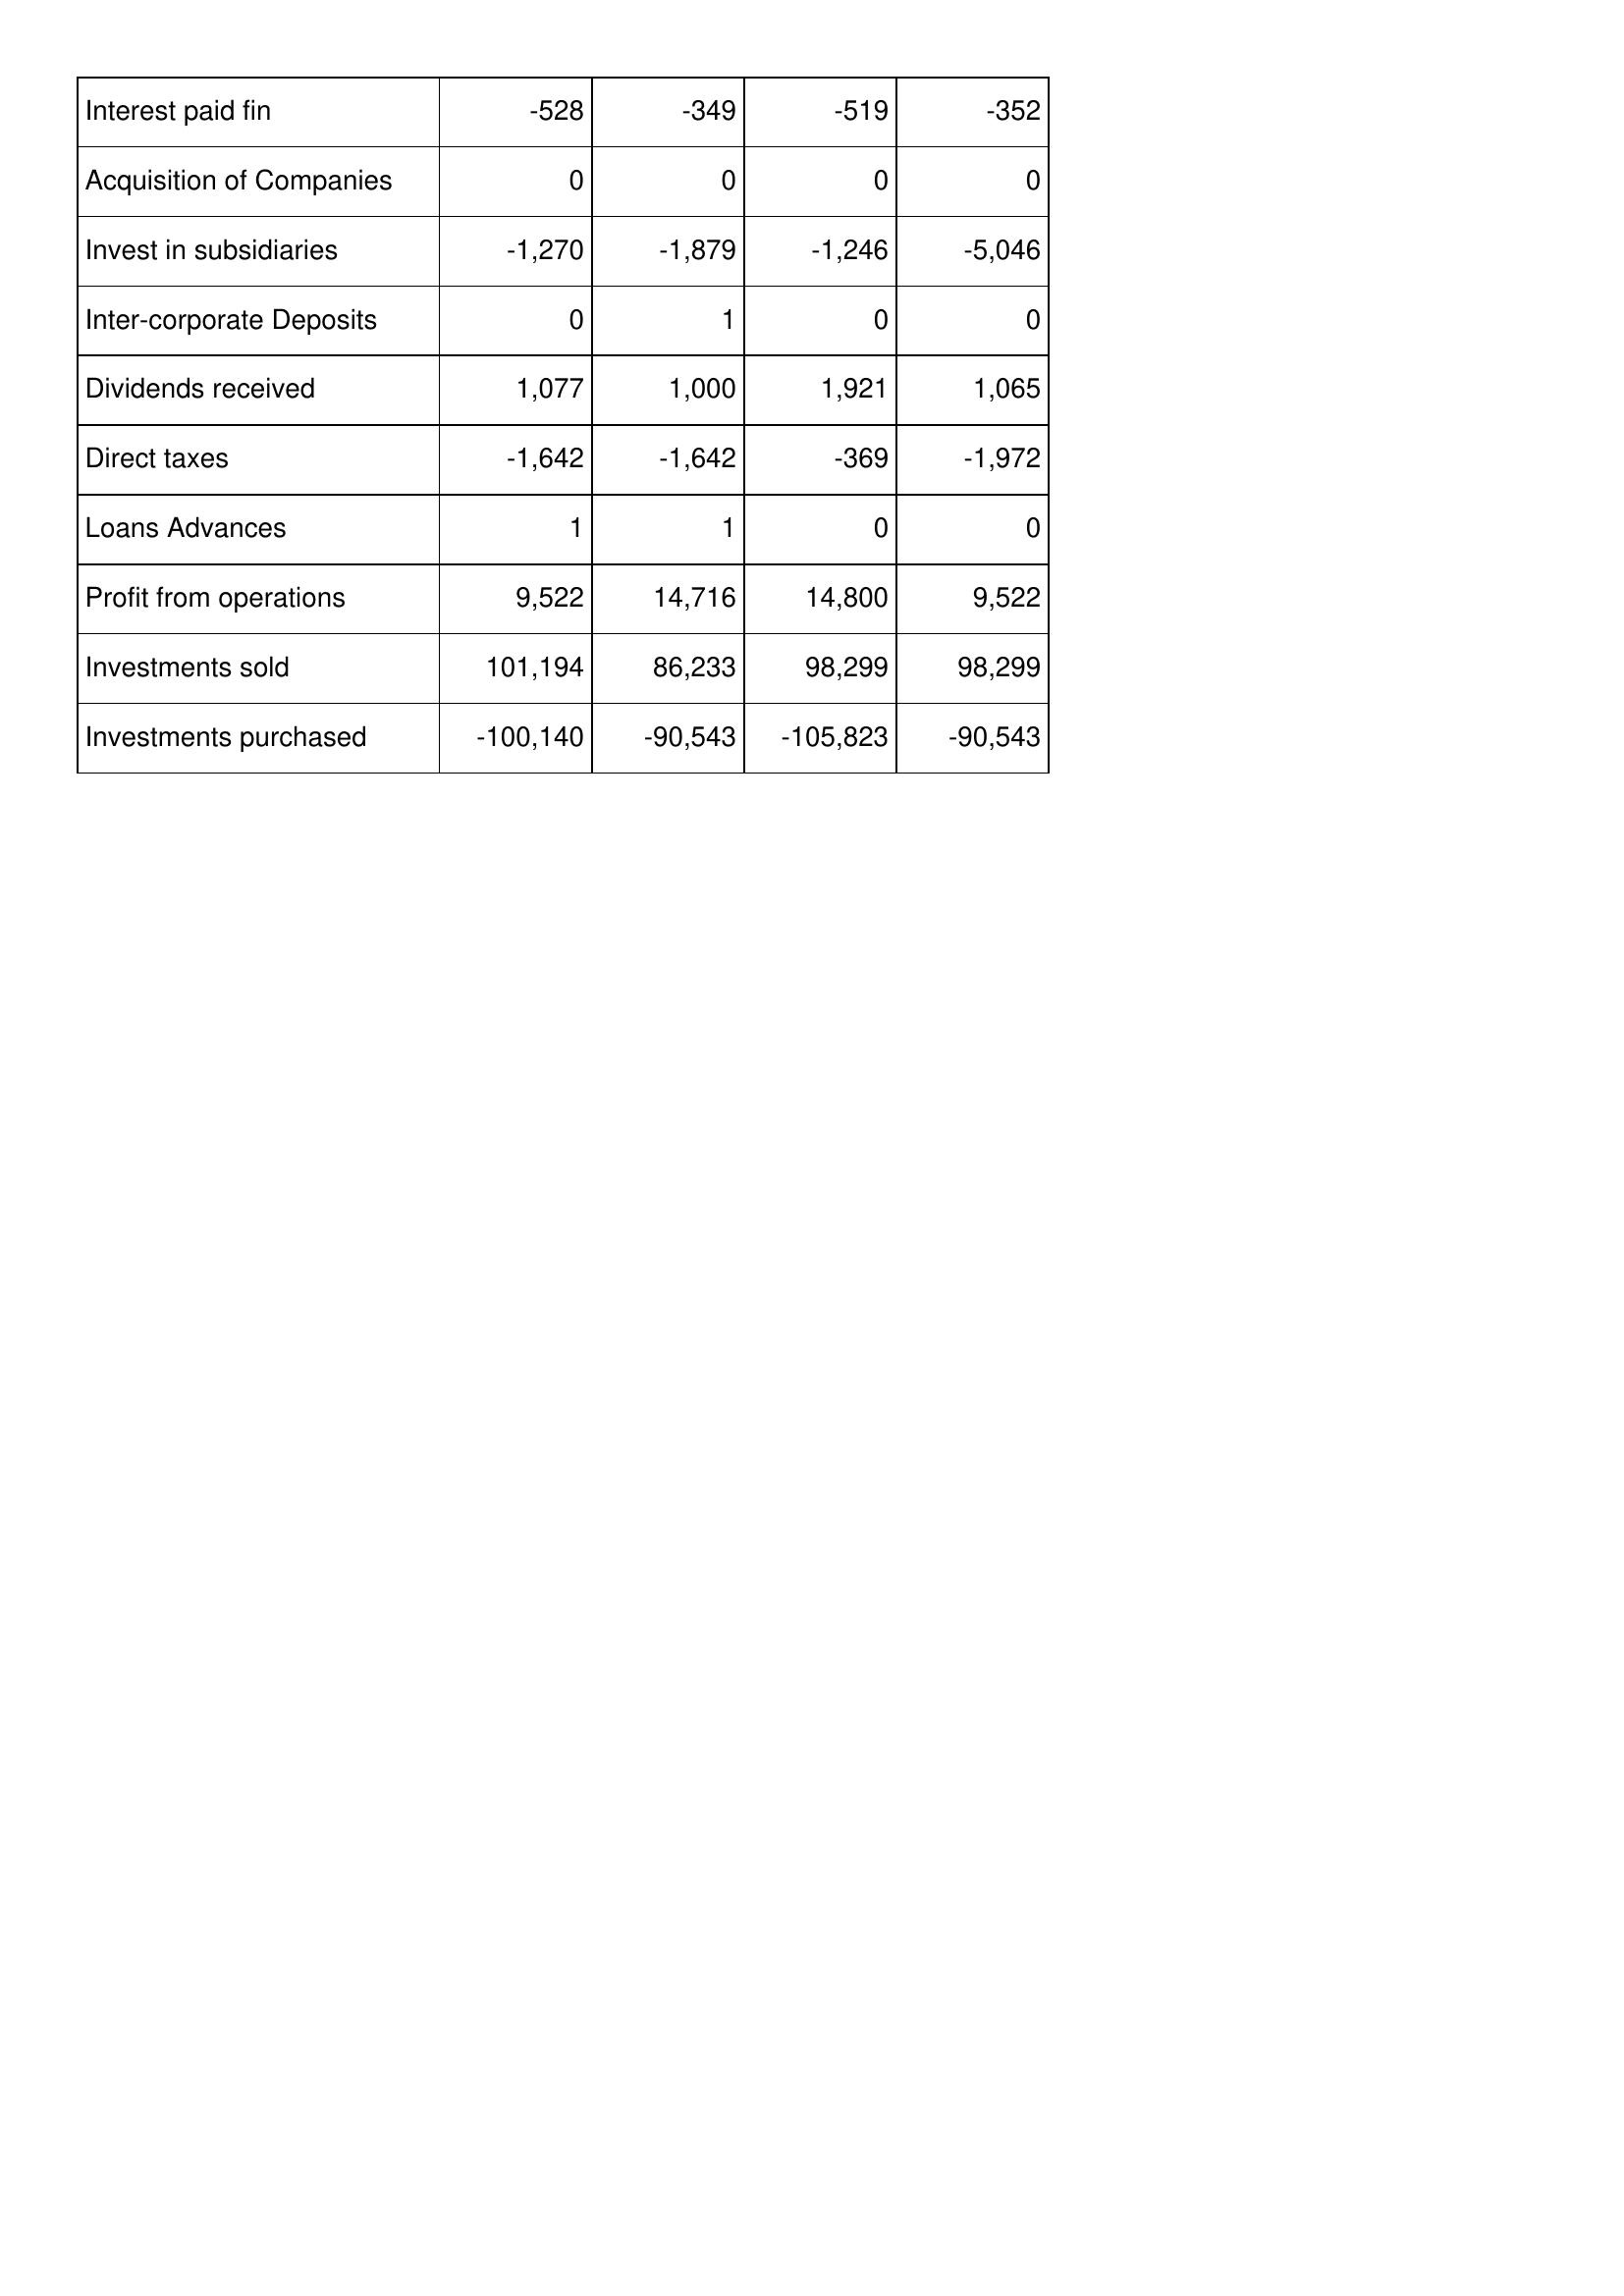
Nov-11: Cash Flows: Interest paid fin: -528
Acquisition of Companies: 0
Invest in subsidiaries: -1,270
Inter-corporate Deposits: 0
Dividends received: 1,077
Direct taxes: -1,642
Loans Advances: 1
Profit from operations: 9,522
Investments sold: 101,194
Investments purchased: -100,140
Nov-10: Cash Flows: Interest paid fin: -349
Acquisition of Companies: 0
Invest in subsidiaries: -1,879
Inter-corporate Deposits: 1
Dividends received: 1,000
Direct taxes: -1,642
Loans Advances: 1
Profit from operations: 14,716
Investments sold: 86,233
Investments purchased: -90,543
Nov-09: Cash Flows: Interest paid fin: -519
Acquisition of Companies: 0
Invest in subsidiaries: -1,246
Inter-corporate Deposits: 0
Dividends received: 1,921
Direct taxes: -369
Loans Advances: 0
Profit from operations: 14,800
Investments sold: 98,299
Investments purchased: -105,823
Nov-08: Cash Flows: Interest paid fin: -352
Acquisition of Companies: 0
Invest in subsidiaries: -5,046
Inter-corporate Deposits: 0
Dividends received: 1,065
Direct taxes: -1,972
Loans Advances: 0
Profit from operations: 9,522
Investments sold: 98,299
Investments purchased: -90,543